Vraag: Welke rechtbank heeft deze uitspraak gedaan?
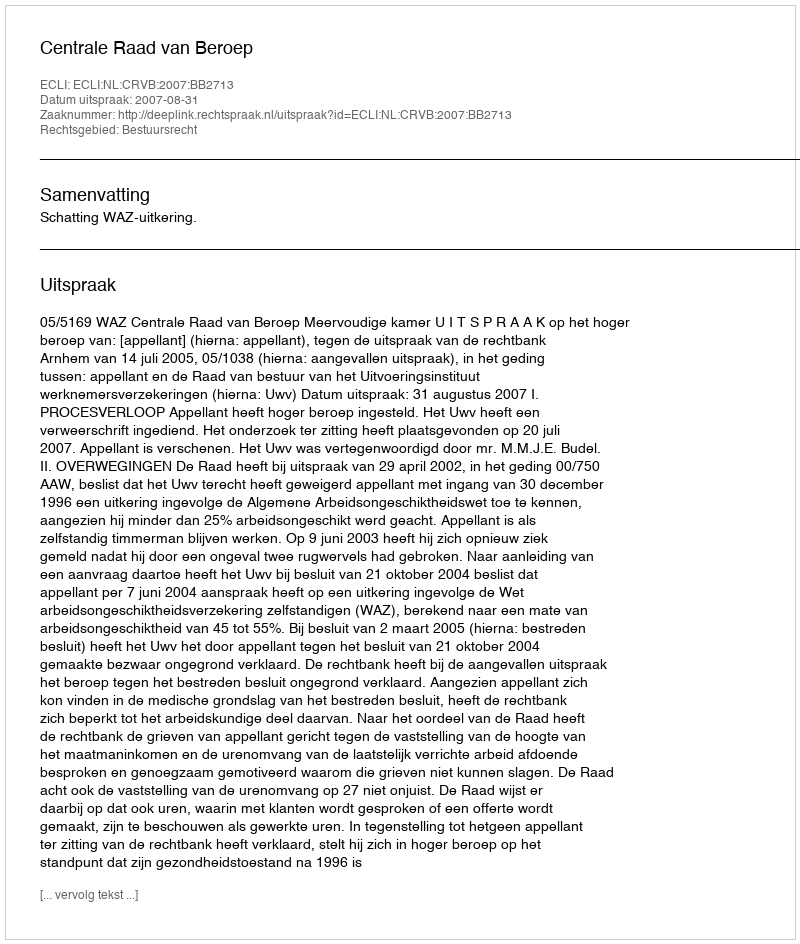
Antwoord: Centrale Raad van Beroep